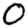
Digit: 0